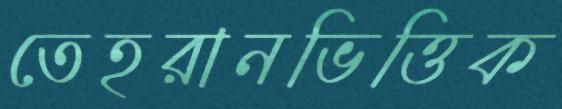
তেহরানভিত্তিক